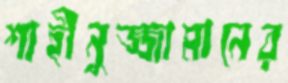
শাহীনুজ্জামানের